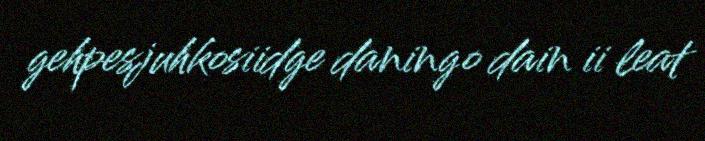
gehpesjuhkosiidge daningo dain ii leat